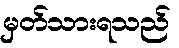
မှတ်သားရသည်